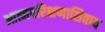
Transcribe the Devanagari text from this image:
आत्मपरिक्षणाशिवाय